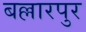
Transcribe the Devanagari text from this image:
बल्लारपुर